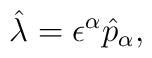
\hat{\lambda} = \epsilon^{\alpha} \hat{p}_{\alpha},